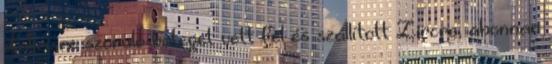
dialízisre szoruló beteget vett fel és szállított Zircre, ahonnan